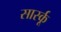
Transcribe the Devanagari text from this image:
सार्स्कू